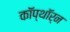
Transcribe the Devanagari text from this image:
कॉप्थॉर्न